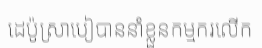
ដេប៉ូស្រាបៀបាននាំខ្លួនកម្មករលើក